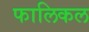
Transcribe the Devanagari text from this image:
फालिकल